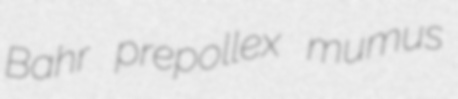
Bahr prepollex mumus